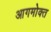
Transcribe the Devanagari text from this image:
आगमोक्त